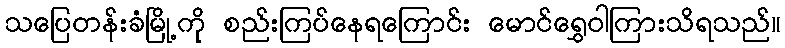
သပြေတန်းခံမြို့ကို စည်းကြပ်နေရကြောင်း မောင်ရွှေဝါကြားသိရသည်။